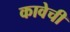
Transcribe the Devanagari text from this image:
कावेची